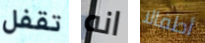
تقفل انه أطفالا